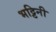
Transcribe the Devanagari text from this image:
भट्टिनी